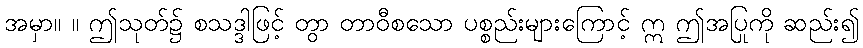
အမှာ။ ။ ဤသုတ်၌ စသဒ္ဒါဖြင့် တွာ တာဝီစသော ပစ္စည်းများကြောင့် ဣ ဤအပြုကို ဆည်း၍